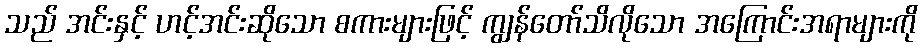
သည် အင်းနှင့် ဟင့်အင်းဆိုသော စကားများဖြင့် ကျွန်တော်သိလိုသော အကြောင်းအရာများကို